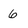
Character: 6